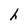
Character: h